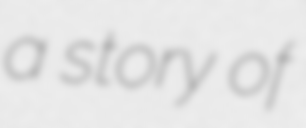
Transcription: a story of